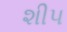
શીપ